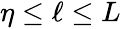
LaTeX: \begin{array}{r}{\eta\le{\ell}\le{L}}\end{array}